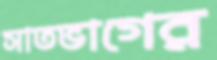
সাতভাগের